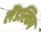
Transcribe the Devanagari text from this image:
लैंडस्किप